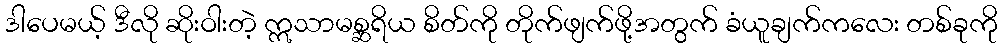
ဒါပေမယ့် ဒီလို ဆိုးဝါးတဲ့ ဣသာမစ္ဆရိယ စိတ်ကို တိုက်ဖျက်ဖို့အတွက် ခံယူချက်ကလေး တစ်ခုကို